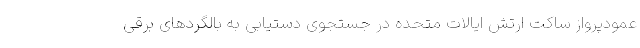
عمودپرواز ساکت ارتش ایالات متحده در جستجوی دستیابی به بالگردهای برقی